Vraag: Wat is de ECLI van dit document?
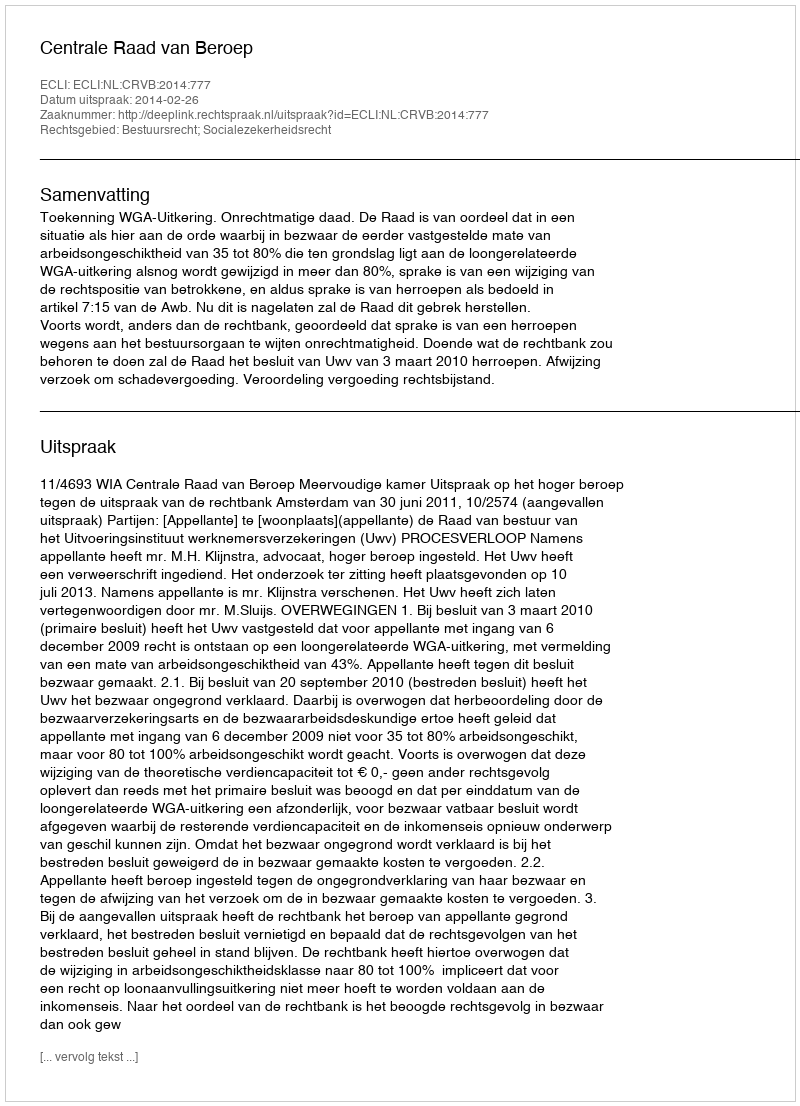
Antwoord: ECLI:NL:CRVB:2014:777